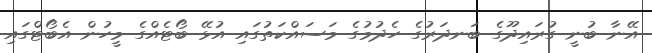
އޭނާ ބުނީ ގުރައިދޫގެ ބަނދަރުގެ ހެދުމުގެ މަސައްކަތުގައި އުޅޭ ބޯޓެއްގެ މީހުން އެބޯޓްގައި